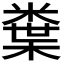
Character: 𭫮